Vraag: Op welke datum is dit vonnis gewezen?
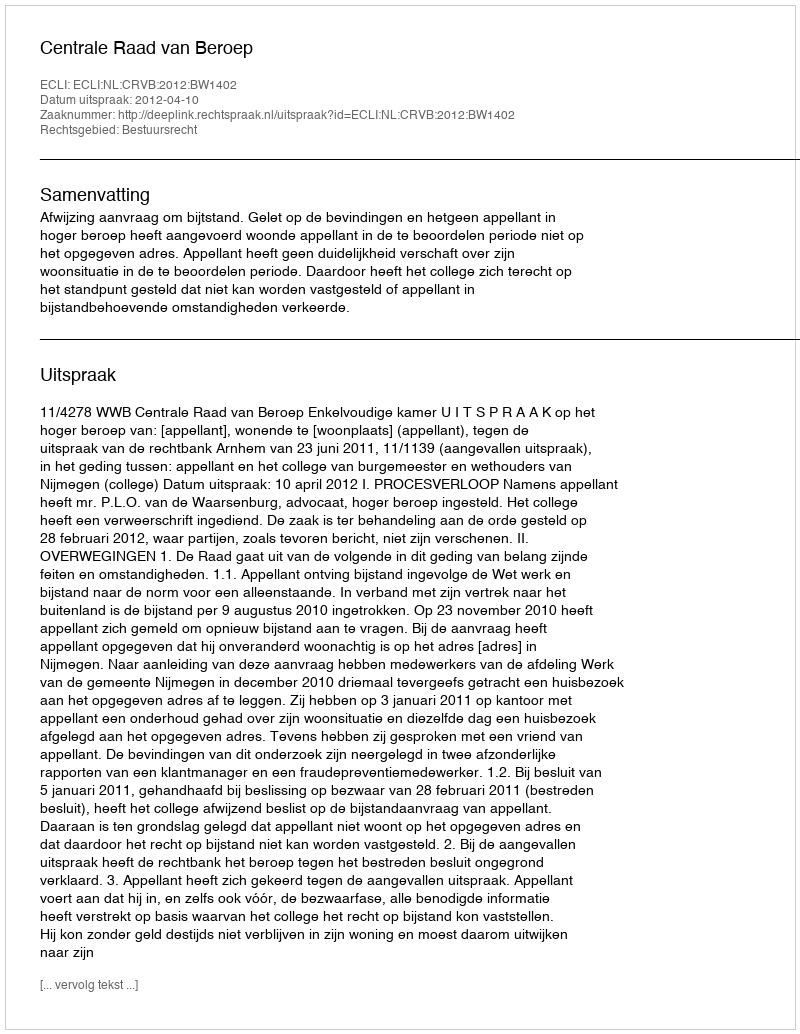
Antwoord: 2012-04-10